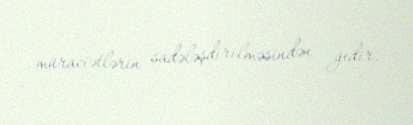
müraciətlərin sadələşdirilməsindən gedir.